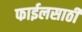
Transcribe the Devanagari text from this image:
फाईलसाठी